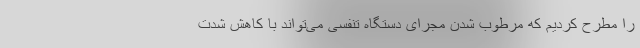
را مطرح کردیم که مرطوب شدن مجرای دستگاه تنفسی می‌تواند با کاهش شدت